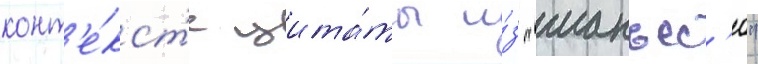
конт'е́кст'е цита́ты и́з "манъес'ю"